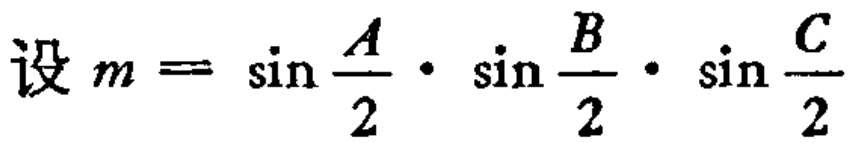
设 \(m = \sin \frac{A}{2} \cdot \sin \frac{B}{2} \cdot \sin \frac{C}{2}\)